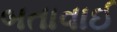
બતાવાઈ